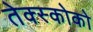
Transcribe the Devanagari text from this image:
तेक्स्कोको